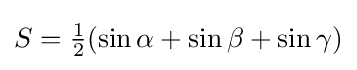
S={\tfrac {1}{2}}(\sin \alpha +\sin \beta +\sin \gamma )